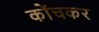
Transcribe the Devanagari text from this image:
कोंचकर